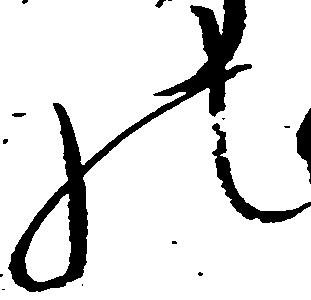
の